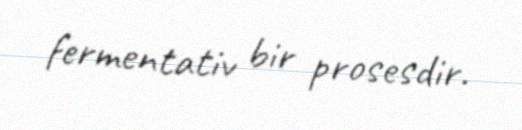
fermentativ bir prosesdir.